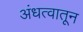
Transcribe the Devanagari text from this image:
अंधत्वातून